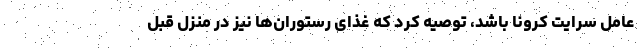
عامل سرایت کرونا باشد، توصیه کرد که غذای رستوران‌ها نیز در منزل قبل